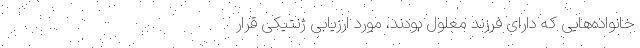
خانواده‌هایی که دارای فرزند معلول بودند، مورد ارزیابی ژنتیکی قرار